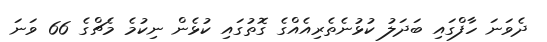
ދެވަނަ ހާފްގައި ބަދަލު ކުޅުނެތެރިއެއްގެ ގޮތުގައި ކުޅެން ނިކުމެ މެޗްގެ 66 ވަނަ